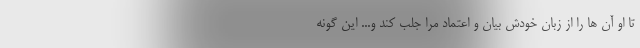
تا او آن ها را از زبان خودش بیان و اعتماد مرا جلب کند و... این گونه